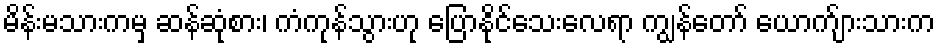
မိန်းမသားကမှ ဆန်ဆုံစား၊ ကံကုန်သွားဟု ပြောနိုင်သေးလေရာ ကျွန်တော် ယောက်ျားသားက